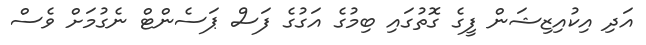
އަދި އިކުއިޒިޝަން ފީގެ ގޮތުގައި ބިމުގެ އަގުގެ ފަސް ޕަސެންޓް ނެގުމަށް ވެސް